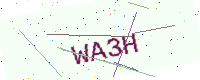
Text: WA3H